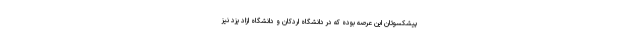
پیشکسوتان این عرصه بوده که در دانشگاه اردکان و دانشگاه ازاد یزد نیز